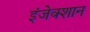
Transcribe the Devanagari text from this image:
इंजेक्शान